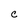
Character: C